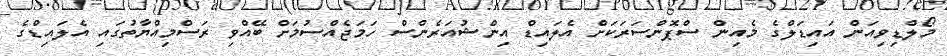
މޯލްޑިވިއަން އައިޑަލްގެ މެއިން ސްޕޮންސަރަކަށް އެލައިޑް އިންޝުއަރެންސް ހަމަޖެއްސުމަށް ބޭއްވި ރަސްމިއްޔާތުގައި އެލައިޑްގެ